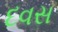
દવસ